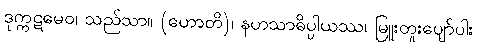
ဒုက္ကဋမေဝ၊ သည်သာ။ (ဟောတိ)၊ နဟသာဓိပ္ပါယဿ၊ မြူးတူးပျော်ပါး